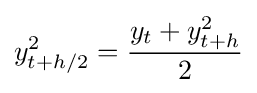
y_{t+h/2}^{2}={\dfrac {y_{t}+y_{t+h}^{2}}{2}}